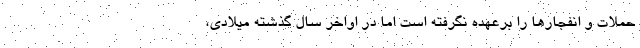
حملات و انفجارها را برعهده نگرفته است اما در اواخر سال گذشته میلادی،